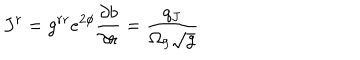
J ^ { r } = g ^ { r r } e ^ { 2 \phi } { \frac { \partial b } { \partial r } } = \frac { q _ { J } } { \Omega _ { 9 } \sqrt { g } }